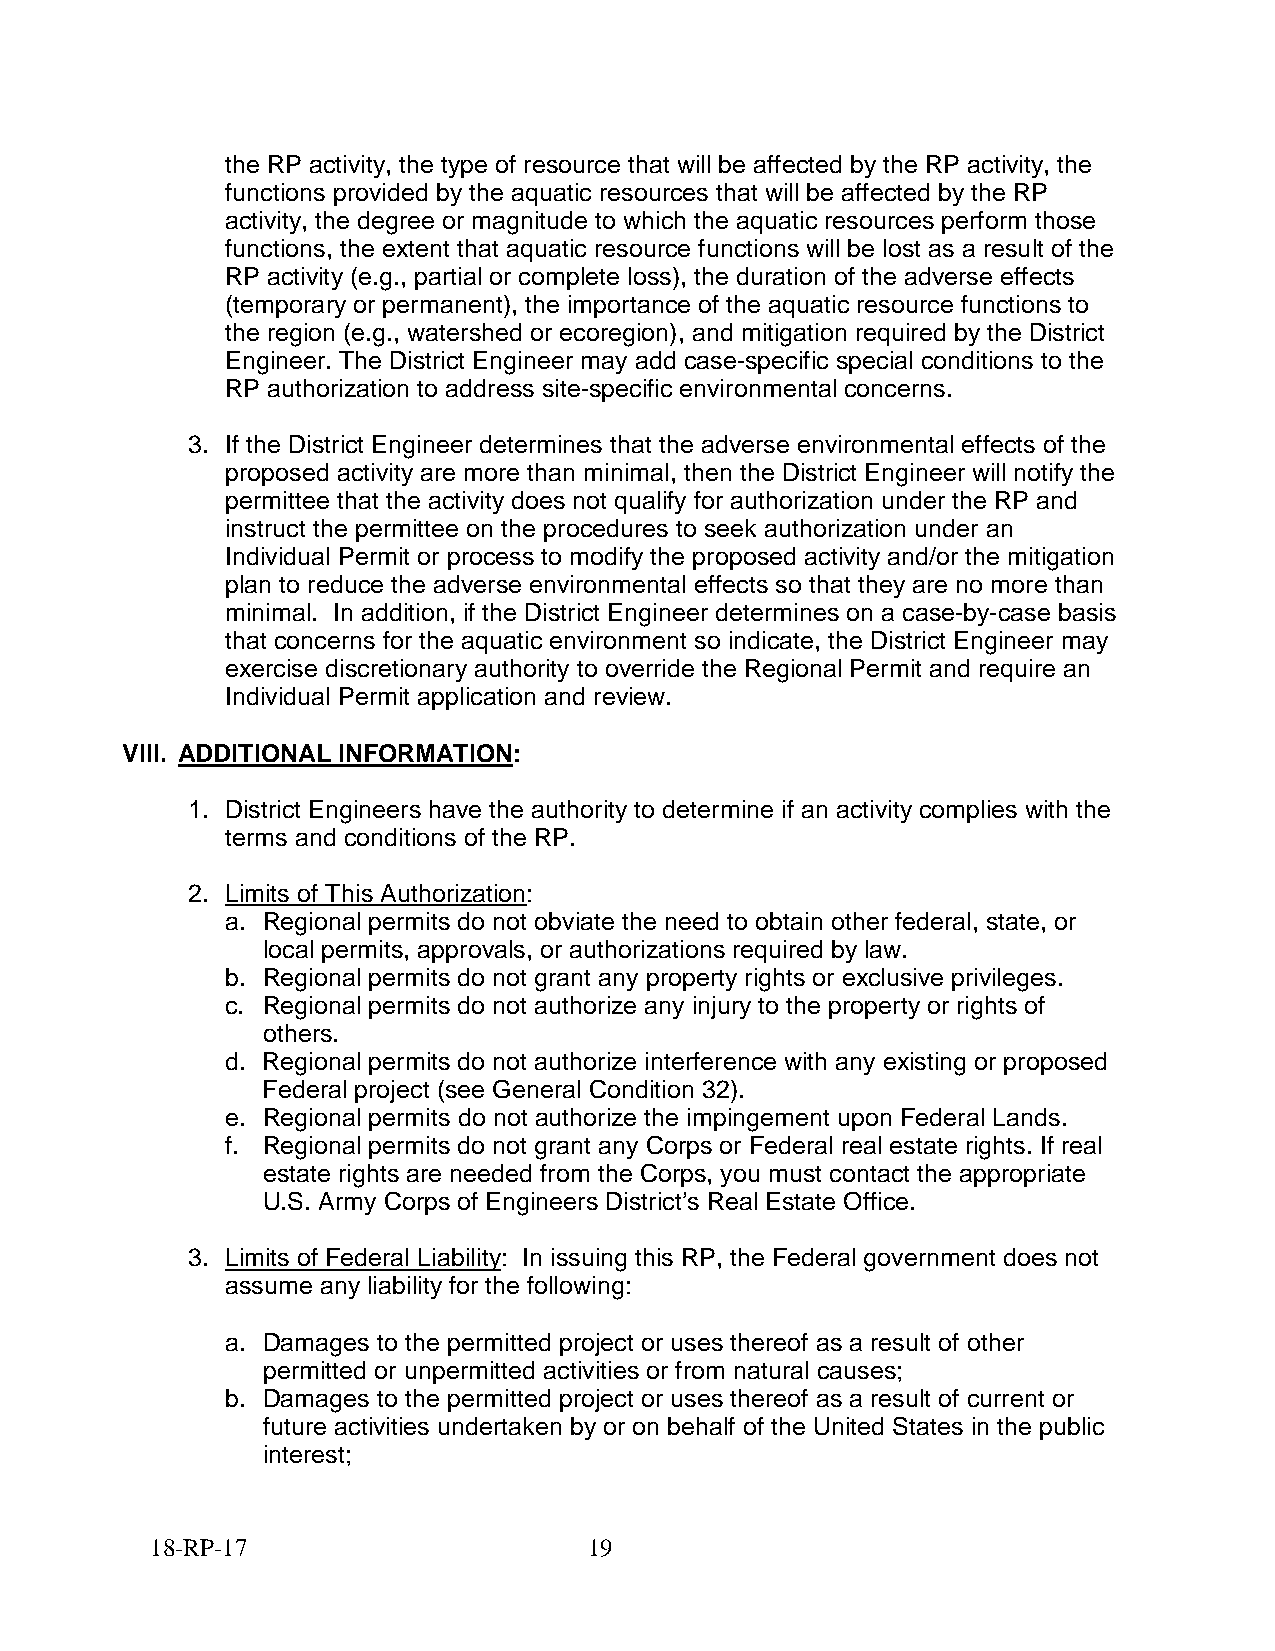
the RP activity, the type of resource that will be affected by the RP activity, the
 functions provided by the aquatic resources that will be affected by the RP
 activity, the degree or magnitude to which the aquatic resources perform those
 functions, the extent that aquatic resource functions will be lost as a result of the
 RP activity (e.g., partial or complete loss), the duration of the adverse effects
 (temporary or permanent), the importance of the aquatic resource functions to
 the region (e.g., watershed or ecoregion), and mitigation required by the District
 Engineer. The District Engineer may add case-specific special conditions to the
 RP authorization to address site-specific environmental concerns.
 3. If the District Engineer determines that the adverse environmental effects of the
 proposed activity are more than minimal, then the District Engineer will notify the
 permittee that the activity does not qualify for authorization under the RP and
 instruct the permittee on the procedures to seek authorization under an
 Individual Permit or process to modify the proposed activity and/or the mitigation
 plan to reduce the adverse environmental effects so that they are no more than
 minimal. In addition, if the District Engineer determines on a case-by-case basis
 that concerns for the aquatic environment so indicate, the District Engineer may
 exercise discretionary authority to override the Regional Permit and require an
 Individual Permit application and review.
 VIII. ADDITIONAL INFORMATION:
 1. District Engineers have the authority to determine if an activity complies with the
 terms and conditions of the RP.
 2. Limits of This Authorization:
 a. Regional permits do not obviate the need to obtain other federal, state, or
 local permits, approvals, or authorizations required by law.
 b. Regional permits do not grant any property rights or exclusive privileges.
 c. Regional permits do not authorize any injury to the property or rights of
 others.
 d. Regional permits do not authorize interference with any existing or proposed
 Federal project (see General Condition 32).
 e. Regional permits do not authorize the impingement upon Federal Lands.
 f. Regional permits do not grant any Corps or Federal real estate rights. If real
 estate rights are needed from the Corps, you must contact the appropriate
 U.S. Army Corps of Engineers District’s Real Estate Office.
 3. Limits of Federal Liability: In issuing this RP, the Federal government does not
 assume any liability for the following:
 a. Damages to the permitted project or uses thereof as a result of other
 permitted or unpermitted activities or from natural causes;
 b. Damages to the permitted project or uses thereof as a result of current or
 future activities undertaken by or on behalf of the United States in the public
 interest;
 18-RP-17                     19